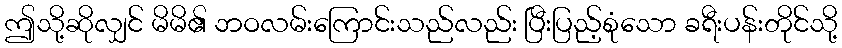
ဤသို့ဆိုလျှင် မိမိ၏ ဘဝလမ်းကြောင်းသည်လည်း ပြီးပြည့်စုံသော ခရီးပန်းတိုင်သို့